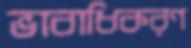
ভাবাধিকরণ